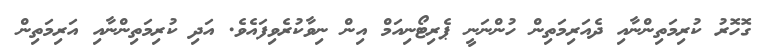
ގޮހޮރު ކުރިމަތިންނާއި ދެއަރިމަތިން ހުންނަނީ ޕެރިޓޯނިއަމް އިން ނިވާކުރެވިފައެވެ. އަދި ކުރިމަތިންނާއި އަރިމަތިން